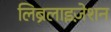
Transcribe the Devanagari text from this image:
लिब्रलाइज़ेशन